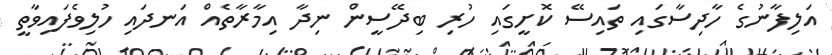
އަލިފާނުގެ ހާދިސާގައި ތައިސޭ ކޮށީގައި ހުރި ބިދޭސީން ނިދާ އިމާރާތެއް އަނދައި ހުލިވެފައިވާތީ